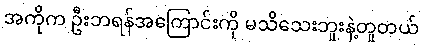
အကိုက ဦးဘရန်အကြောင်းကို မသိသေးဘူးနဲ့တူတယ်